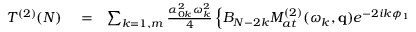
\begin{array} { r l r } { T ^ { ( 2 ) } ( N ) } & { { } = } & { \sum _ { k = 1 , m } \frac { \alpha _ { 0 k } ^ { 2 } \omega _ { k } ^ { 2 } } { 4 } \left\{ B _ { N - 2 k } { \cal M } _ { a t } ^ { ( 2 ) } ( \omega _ { k } , \mathbf { q } ) e ^ { - 2 i k \phi _ { 1 } } \right. } \end{array}